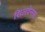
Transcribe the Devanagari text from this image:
सिलवेनस